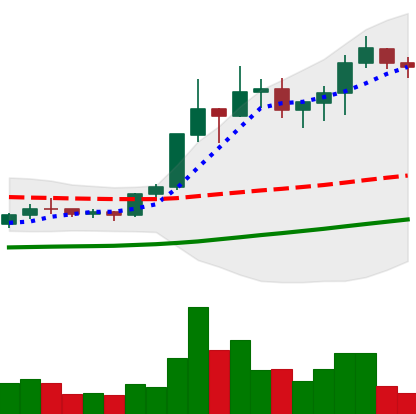
Ticker: XLM-USD
Chart end date: 2020-07-19
Forward return: -4.319%
Label: down_3_5